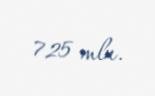
725 mln.